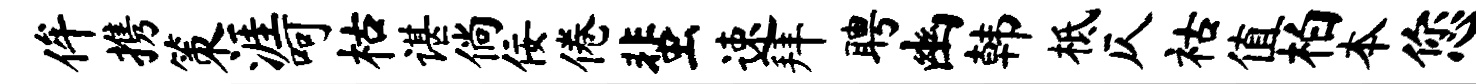
侔携策涯呵枯谌倘佞倦蜚速拜聘幽韩柢仄祜值柏本您